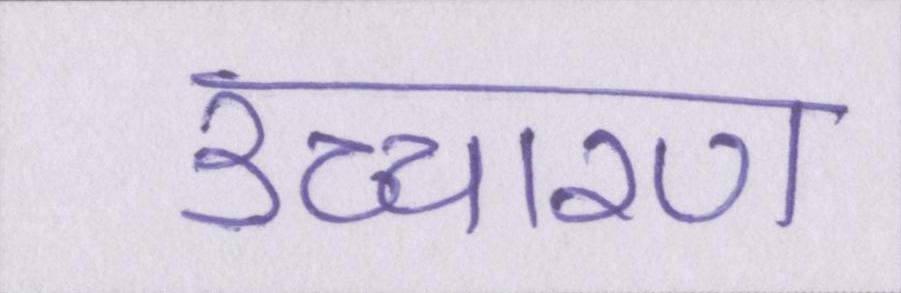
उच्चारण